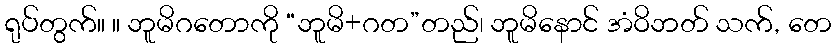
ရုပ်တွက်။ ။ ဘူမိဂတောကို “ဘူမိ+ဂတ”တည်၊ ဘူမိနောင် အံဝိဘတ် သက်, တေ